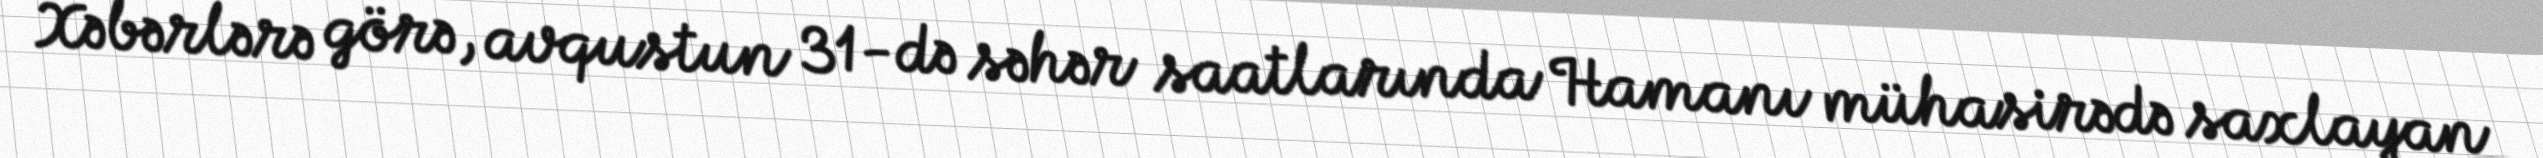
Xəbərlərə görə, avqustun 31-də səhər saatlarında Hamanı mühasirədə saxlayan